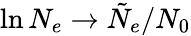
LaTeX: \ln N_{e}\rightarrow\tilde{N}_{e}/N_{0}